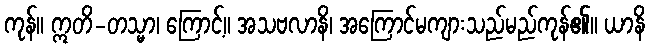
ကုန်။ ဣတိ-တသ္မာ၊ ကြောင့်။ အသဗလာနိ၊ အကြောင်မကျားသည်မည်ကုန်၏။ ယာနိ